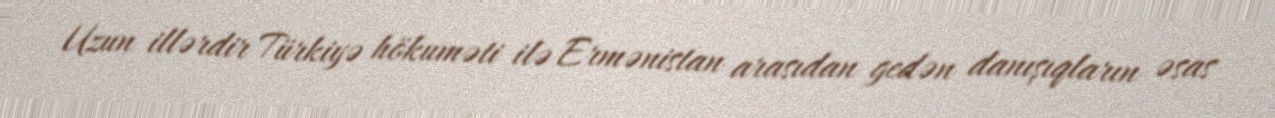
Uzun illərdir Türkiyə hökuməti ilə Ermənistan arasıdan gedən danışıqların əsas